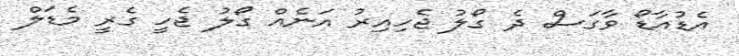
އެޑުއާޑޯ ވާގަސް ދެ ގޯލު ޖެހިއިރު އަނެއް ގޯލު ޖެހީ ގެރީ މެޑަލް